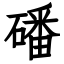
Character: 磻